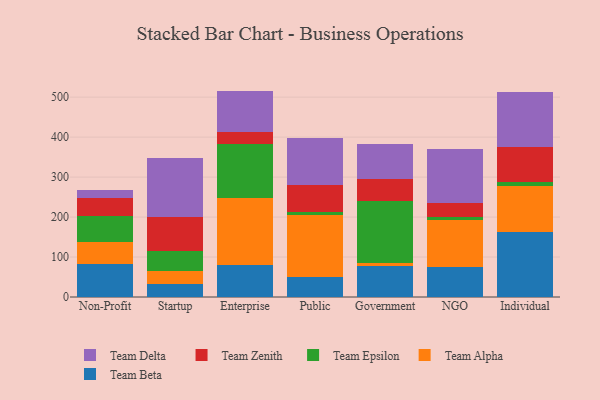
{"axis": {"x": "Segment", "y": "Tickets Resolved"}, "legend": ["Team Alpha", "Team Beta", "Team Delta", "Team Epsilon", "Team Zenith"], "data": [{"x": "Non-Profit", "y": 81.9, "type": "Team Beta"}, {"x": "Non-Profit", "y": 54.9, "type": "Team Alpha"}, {"x": "Non-Profit", "y": 66.2, "type": "Team Epsilon"}, {"x": "Non-Profit", "y": 43.7, "type": "Team Zenith"}, {"x": "Non-Profit", "y": 20.3, "type": "Team Delta"}, {"x": "Startup", "y": 31.4, "type": "Team Beta"}, {"x": "Startup", "y": 33.7, "type": "Team Alpha"}, {"x": "Startup", "y": 49.6, "type": "Team Epsilon"}, {"x": "Startup", "y": 85.5, "type": "Team Zenith"}, {"x": "Startup", "y": 148.3, "type": "Team Delta"}, {"x": "Enterprise", "y": 79.5, "type": "Team Beta"}, {"x": "Enterprise", "y": 167.1, "type": "Team Alpha"}, {"x": "Enterprise", "y": 136.4, "type": "Team Epsilon"}, {"x": "Enterprise", "y": 30.9, "type": "Team Zenith"}, {"x": "Enterprise", "y": 101.9, "type": "Team Delta"}, {"x": "Public", "y": 51.3, "type": "Team Beta"}, {"x": "Public", "y": 153.2, "type": "Team Alpha"}, {"x": "Public", "y": 8.7, "type": "Team Epsilon"}, {"x": "Public", "y": 67.2, "type": "Team Zenith"}, {"x": "Public", "y": 117.2, "type": "Team Delta"}, {"x": "Government", "y": 76.6, "type": "Team Beta"}, {"x": "Government", "y": 8.7, "type": "Team Alpha"}, {"x": "Government", "y": 156.1, "type": "Team Epsilon"}, {"x": "Government", "y": 54.1, "type": "Team Zenith"}, {"x": "Government", "y": 87.0, "type": "Team Delta"}, {"x": "NGO", "y": 75.9, "type": "Team Beta"}, {"x": "NGO", "y": 116.7, "type": "Team Alpha"}, {"x": "NGO", "y": 7.7, "type": "Team Epsilon"}, {"x": "NGO", "y": 35.0, "type": "Team Zenith"}, {"x": "NGO", "y": 135.6, "type": "Team Delta"}, {"x": "Individual", "y": 163.1, "type": "Team Beta"}, {"x": "Individual", "y": 114.0, "type": "Team Alpha"}, {"x": "Individual", "y": 11.9, "type": "Team Epsilon"}, {"x": "Individual", "y": 86.0, "type": "Team Zenith"}, {"x": "Individual", "y": 138.4, "type": "Team Delta"}]}